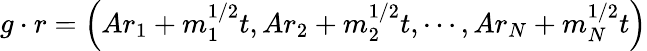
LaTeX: g\cdot r=\left(Ar_{1}+m_{1}^{1/2}t,Ar_{2}+m_{2}^{1/2}t,\cdots,Ar_{N}+m_{N}^{1/2}t\right)